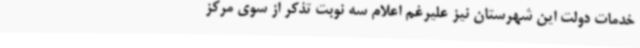
خدمات دولت این شهرستان نیز علیرغم اعلام سه نوبت تذکر از سوی مرکز